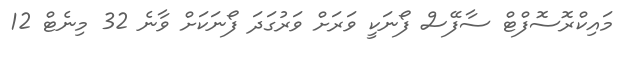
މައިކްރޮސޮފްޓް ސާފޭސް ފޯނަކީ ވަރަށް ވަރުގަދަ ފޯނަކަށް ވާނެ 32 މިނެޓް 12